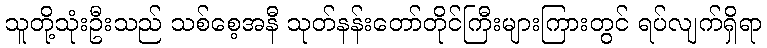
သူတို့သုံးဦးသည် သစ်စေ့အနီ သုတ်နန်းတော်တိုင်ကြီးများကြားတွင် ရပ်လျက်ရှိရာ